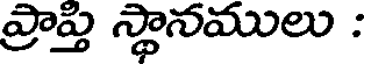
ప్రాప్తి స్థానములు :